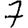
Digit: 7